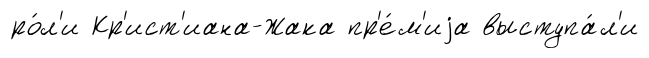
ро́л'и Кр'ист'иана-Жака пр'е́м'иjа выступа́л'и